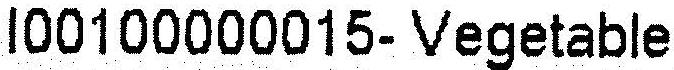
I00100000015- VEGETABLE